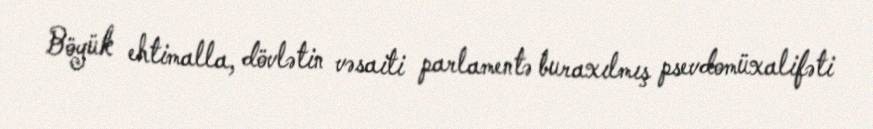
Böyük ehtimalla, dövlətin vəsaiti parlamentə buraxılmış psevdomüxalifəti